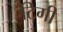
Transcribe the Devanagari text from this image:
टिगी